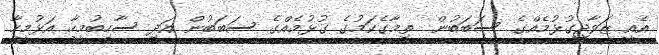
އެއީ ޒަވާޖީގުޅުމެއްގެ ސަބަބުން  ތިމާގެކަމުގެ ގުޅުމެއްގެ ސަބަބުން އަދި ސާހިބުމީހާ އަޅުމީހާ